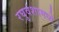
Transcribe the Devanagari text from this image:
रघुवंशामध्ये